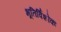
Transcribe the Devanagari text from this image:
भूतिर्विशोकः